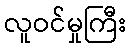
လူဝင်မှုကြီး